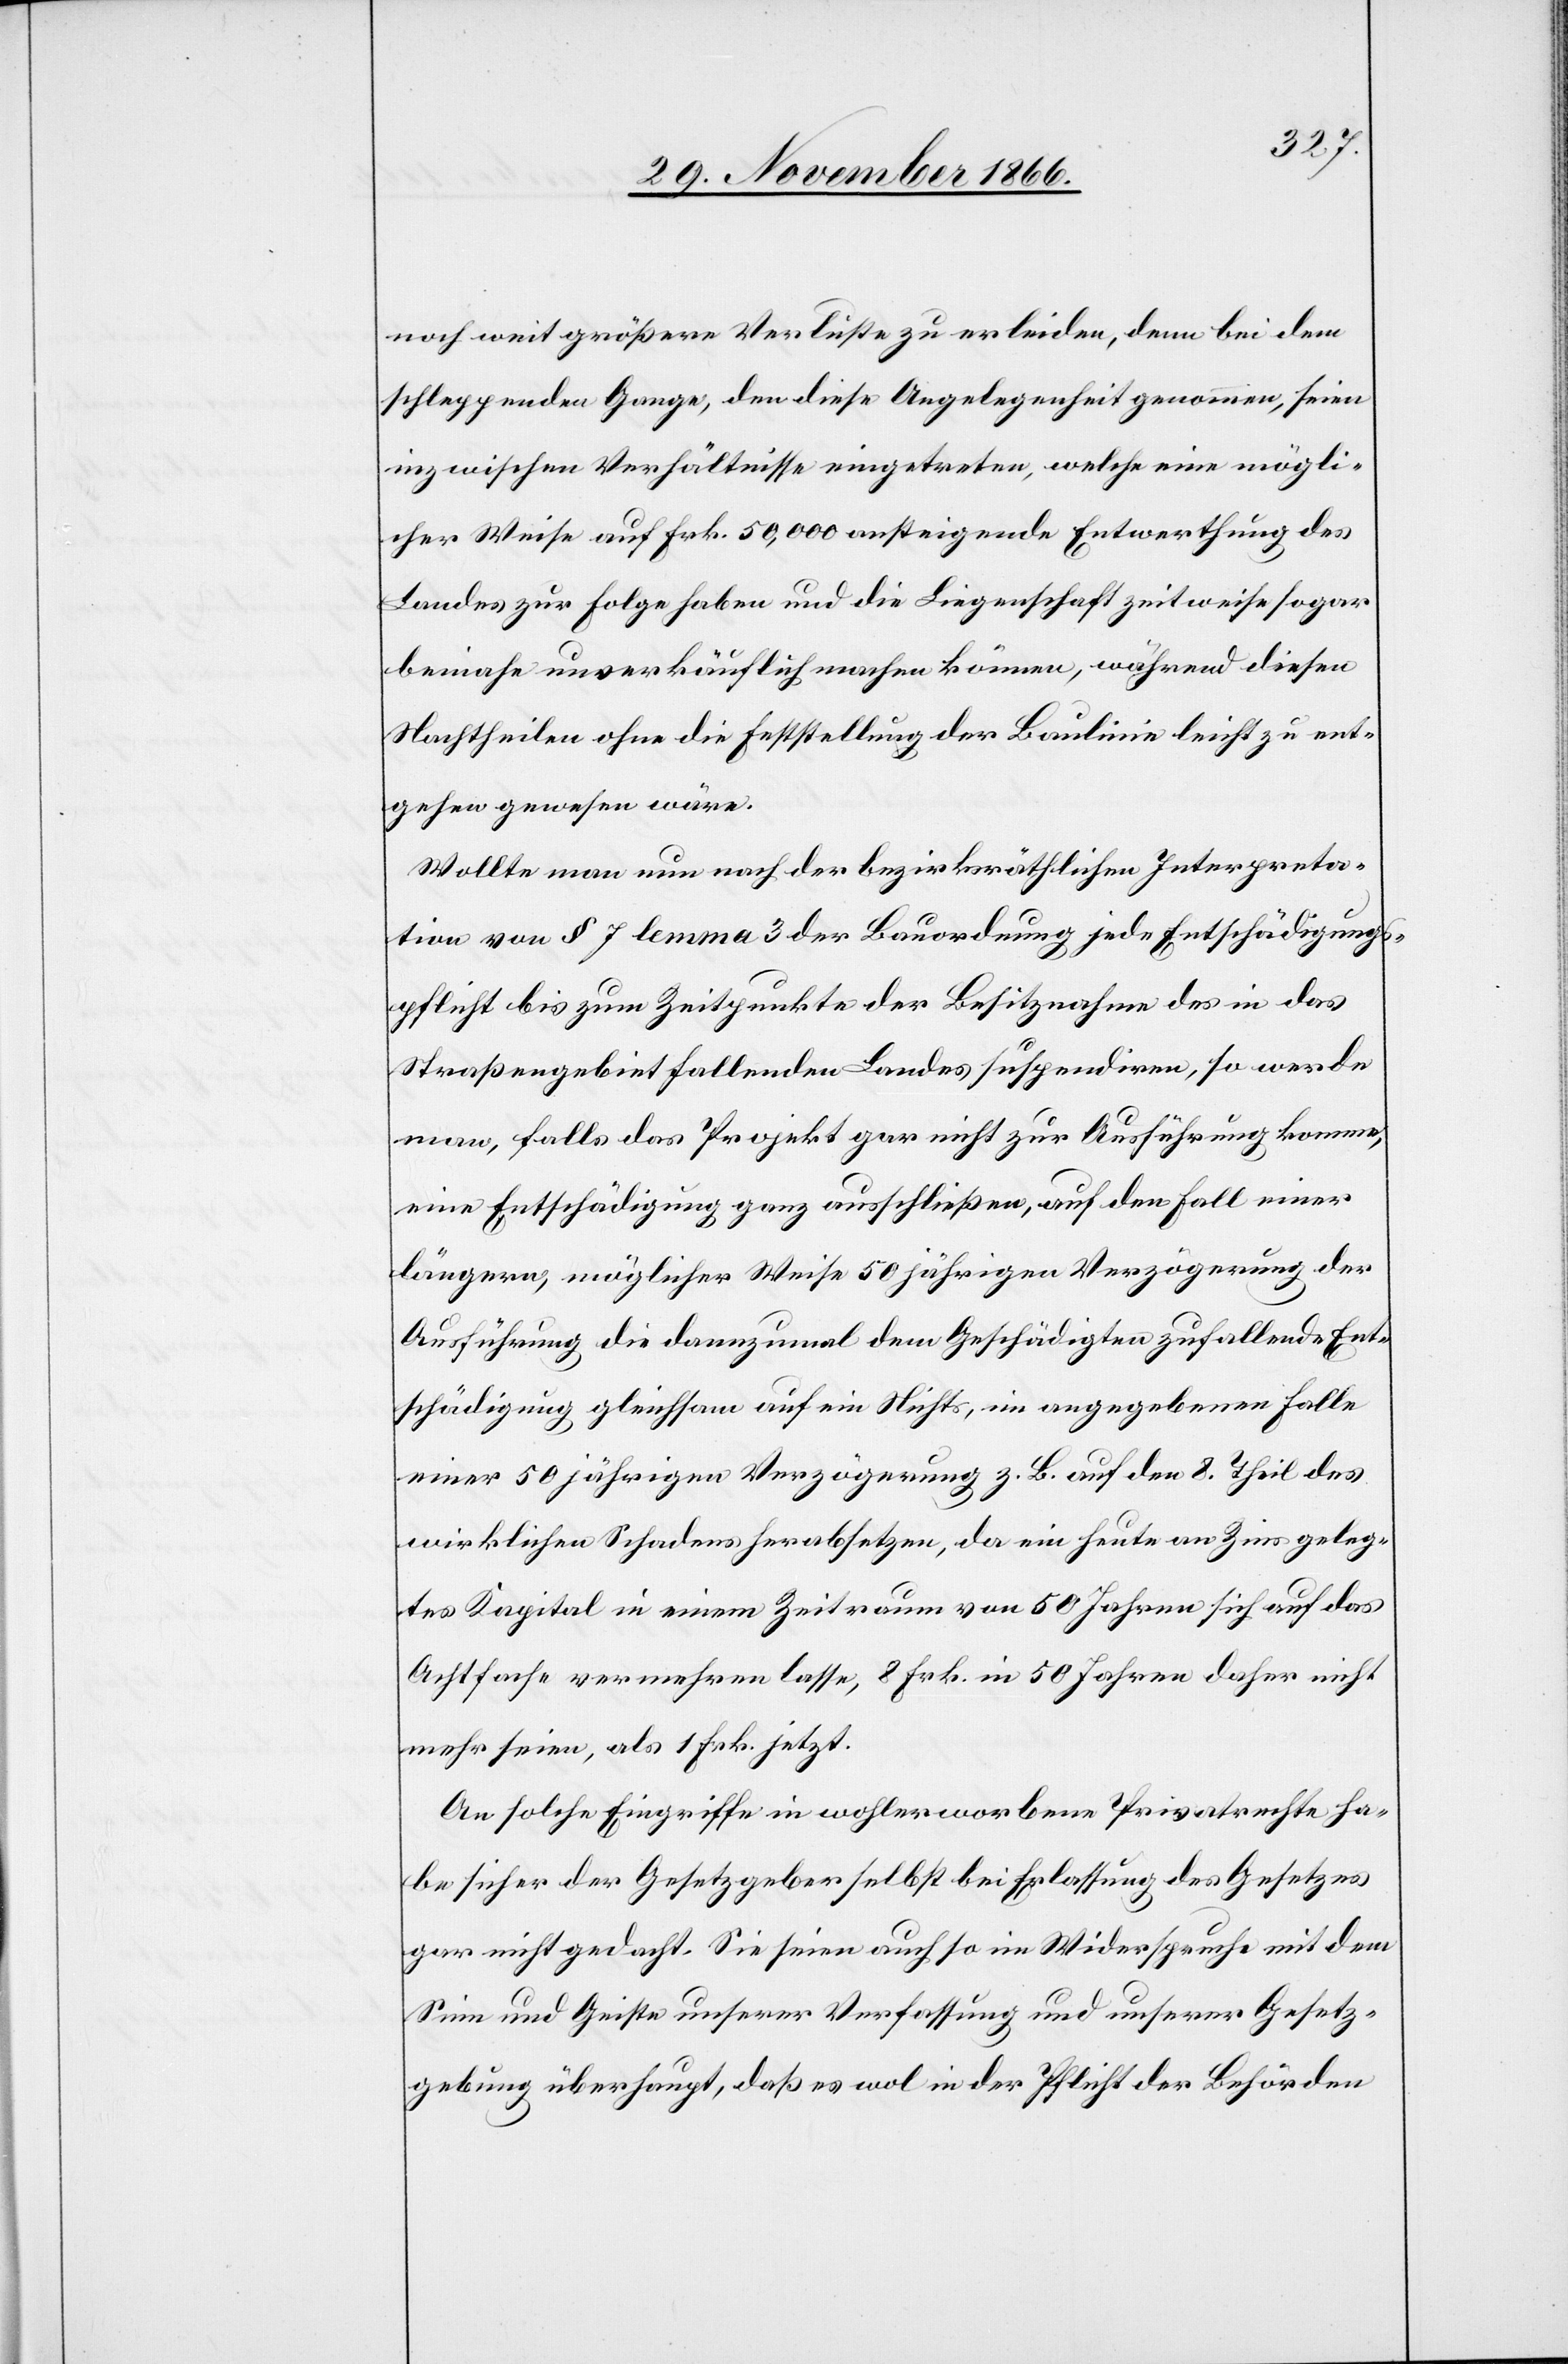
noch weit größere Verluste zu erleiden, denn bei dem
schleppenden Gange, den diese Angelegenheit genommen, seien
inzwischen Verhältnisse eingetreten, welche eine mögli¬
cher Weise auf Frk. 50 000 ansteigende Entwerthung des
Landes zur Folge haben und die Liegenschaft zeitweise sogar
beinahe unverkäuflich machen können, während diesen
Nachtheilen ohne die Feststellung der Baulinie leicht zu ent¬
gehen gewesen wäre.
Wollte man nun nach der bezirksräthlichen Interpreta¬
tion von § 7 lemma 3 der Bauordnung jede Entschädigungs¬
pflicht bis zum Zeitpunkte der Besitznahme des in das
Straßengebiet fallenden Landes suspendiren, so werde
man, falls das Projekt gar nicht zur Ausführung komme,
eine Entschädigung ganz ausschließen, auf den Fall einer
längern, möglicher Weise 50 jährigen Verzögerung der
Ausführung die dannzumal dem Geschädigten zufallende Ent¬
schädigung gleichsam auf ein Nichts, im angegebenen Falle
einer 50 jährigen Verzögerung z. B. auf den 8. Theil des
wirklichen Schadens herabsetzen, da ein heute an Zins geleg¬
tes Kapital in einem Zeitraum von 50 Jahren sich auf das
Achtfache vermehren lasse, 8 Frk. in 50 Jahren daher nicht
mehr seien, als 1 Frk. jetzt.
An solche Eingriffe in wohlerworbene Privatrechte ha¬
be sicher der Gesetzgeber selbst bei Erlassung des Gesetzes
gar nicht gedacht. Sie seien auch so im Widerspruche mit dem
Sinn und Geiste unserer Verfassung und unserer Gesetz¬
gebung überhaupt, daß es wol in der Pflicht der Behörden